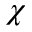
\chi